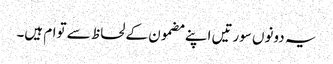
یہ دونوں سورتیں اپنے مضمون کے لحاظ سے توام ہیں۔